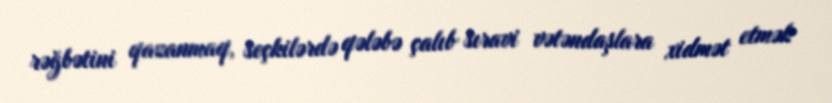
rəğbətini qazanmaq, seçkilərdə qələbə çalıb sıravi vətəndaşlara xidmət etmək